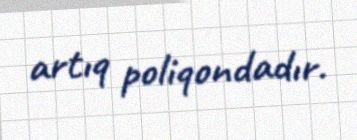
artıq poliqondadır.